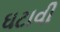
ઘટાવી